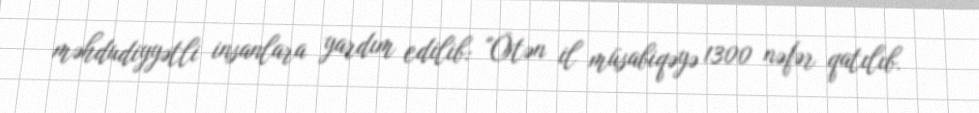
məhdudiyyətli insanlara yardım edilib: "Ötən il müsabiqəyə 1300 nəfər qatılıb.